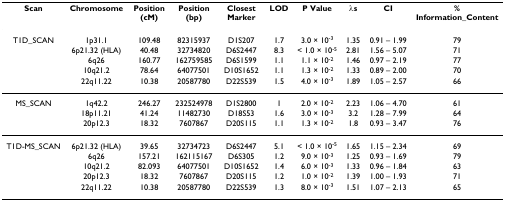
<table><thead><tr><td><b>Scan</b></td><td><b>Chromosome</b></td><td><b>Position(cM)</b></td><td><b>Position(bp)</b></td><td><b>Closest Marker</b></td><td><b>LOD</b></td><td><b>P Value</b></td><td><b>λs</b></td><td><b>CI</b></td><td><b>% Information_Content</b></td></tr></thead><tbody><tr><td>T1D_SCAN</td><td>1p31.1</td><td>109.48</td><td>82315937</td><td>D1S207</td><td>1.7</td><td>3.0 × 10<sup>-3</sup></td><td>1.35</td><td>0.91 – 1.99</td><td>79</td></tr><tr><td></td><td>6p21.32 (HLA)</td><td>40.48</td><td>32734820</td><td>D6S2447</td><td>8.3</td><td>&lt; 1.0 × 10<sup>-5</sup></td><td>2.81</td><td>1.56 – 5.07</td><td>71</td></tr><tr><td></td><td>6q26</td><td>160.77</td><td>162759585</td><td>D6S1599</td><td>1.1</td><td>1.1 × 10<sup>-2</sup></td><td>1.46</td><td>0.97 – 2.19</td><td>77</td></tr><tr><td></td><td>10q21.2</td><td>78.64</td><td>64077501</td><td>D10S1652</td><td>1.1</td><td>1.3 × 10<sup>-2</sup></td><td>1.33</td><td>0.89 – 2.00</td><td>70</td></tr><tr><td></td><td>22q11.22</td><td>10.38</td><td>20587780</td><td>D22S539</td><td>1.5</td><td>4.0 × 10<sup>-3</sup></td><td>1.89</td><td>1.05 – 2.57</td><td>66</td></tr><tr><td>MS_SCAN</td><td>1q42.2</td><td>246.27</td><td>232524978</td><td>D1S2800</td><td>1</td><td>2.0 × 10<sup>-2</sup></td><td>2.23</td><td>1.06 – 4.70</td><td>61</td></tr><tr><td></td><td>18p11.21</td><td>41.24</td><td>11482730</td><td>D18S53</td><td>1.6</td><td>3.0 × 10<sup>-3</sup></td><td>3.2</td><td>1.28 – 7.99</td><td>64</td></tr><tr><td></td><td>20p12.3</td><td>18.32</td><td>7607867</td><td>D20S115</td><td>1.1</td><td>1.3 × 10<sup>-2</sup></td><td>1.8</td><td>0.93 – 3.47</td><td>76</td></tr><tr><td>T1D-MS_SCAN</td><td>6p21.32 (HLA)</td><td>39.65</td><td>32734723</td><td>D6S2447</td><td>5.1</td><td>&lt; 1.0 × 10<sup>-5</sup></td><td>1.65</td><td>1.15 – 2.34</td><td>69</td></tr><tr><td></td><td>6q26</td><td>157.21</td><td>162115167</td><td>D6S305</td><td>1.2</td><td>9.0 × 10<sup>-3</sup></td><td>1.25</td><td>0.93 – 1.69</td><td>79</td></tr><tr><td></td><td>10q21.2</td><td>82.093</td><td>64077501</td><td>D10S1652</td><td>1.4</td><td>6.0 × 10<sup>-3</sup></td><td>1.33</td><td>0.96 – 1.84</td><td>63</td></tr><tr><td></td><td>20p12.3</td><td>18.32</td><td>7607867</td><td>D20S115</td><td>1.2</td><td>1.0 × 10<sup>-2</sup></td><td>1.39</td><td>1.00 – 1.93</td><td>71</td></tr><tr><td></td><td>22q11.22</td><td>10.38</td><td>20587780</td><td>D22S539</td><td>1.3</td><td>8.0 × 10<sup>-3</sup></td><td>1.51</td><td>1.07 – 2.13</td><td>65</td></tr></tbody></table>